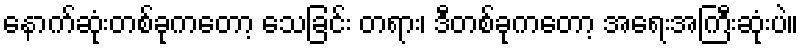
နောက်ဆုံးတစ်ခုကတော့ သေခြင်း တရား၊ ဒီတစ်ခုကတော့ အရေးအကြီးဆုံးပဲ။